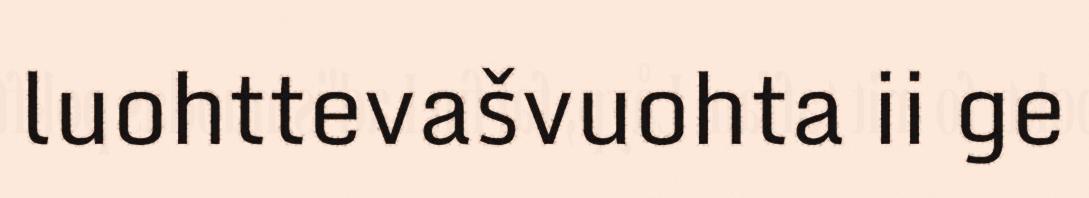
luohttevašvuohta ii ge